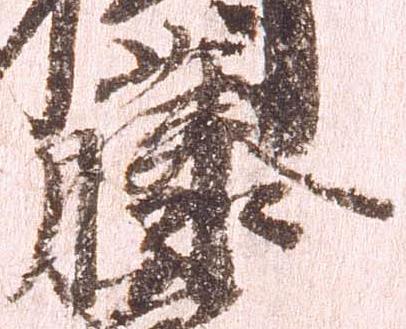
藤